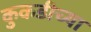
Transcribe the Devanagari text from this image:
कुकडीच्या